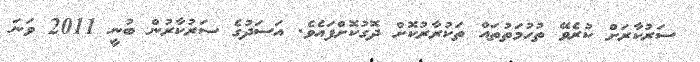
ސަރުކާރަށް ކުރެވޭ ތުހުމަތުތައް ތަކުރާރުކޮށް ދޮގުކޮށްފައެވެ. އަސަދުގެ ސަރުކާރުން ބުނީ 2011 ވަނަ